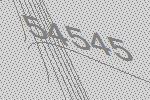
54545